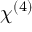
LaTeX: \chi ^ { ( 4 ) }